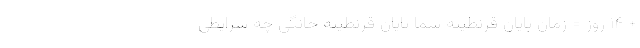
+ ۱۴ روز = زمان پایان قرنطینهٔ شما پایان قرنطینه خانگی چه شرایطی